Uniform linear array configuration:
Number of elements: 32
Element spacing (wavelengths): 0.5
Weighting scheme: kaiser
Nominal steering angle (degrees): -45
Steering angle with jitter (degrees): -45.156
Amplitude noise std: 0.05
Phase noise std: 0.05

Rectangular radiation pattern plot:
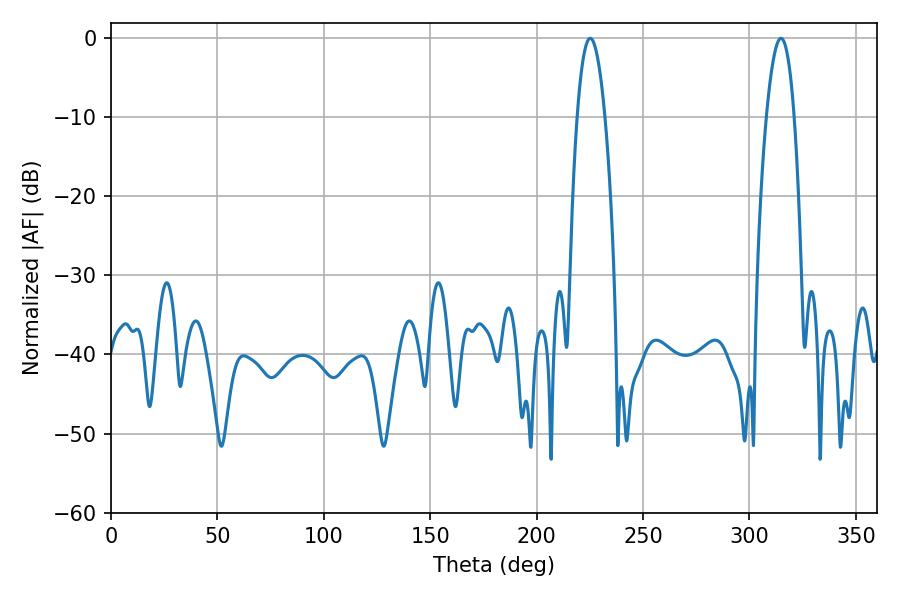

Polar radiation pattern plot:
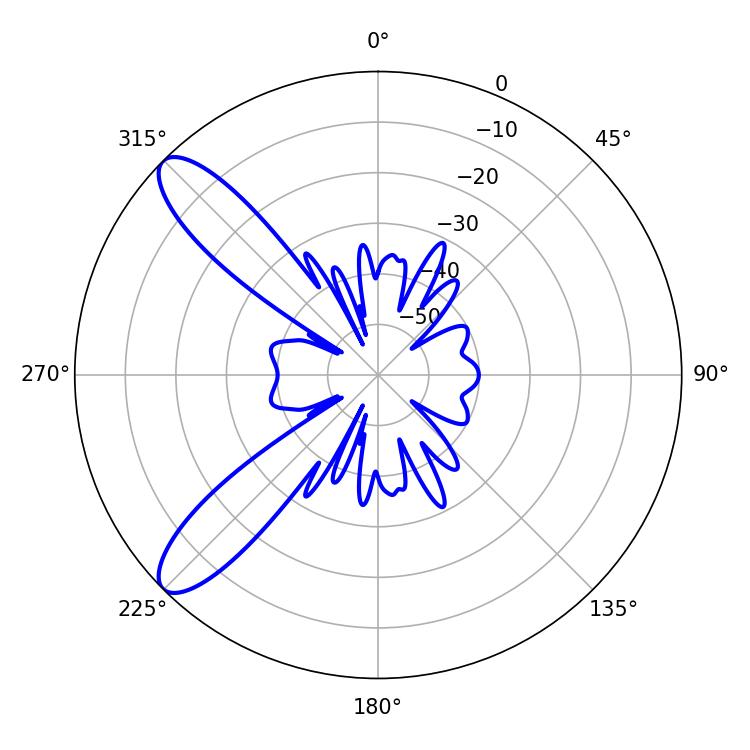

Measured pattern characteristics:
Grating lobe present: FALSE
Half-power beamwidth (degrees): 7.2
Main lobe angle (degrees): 314.82